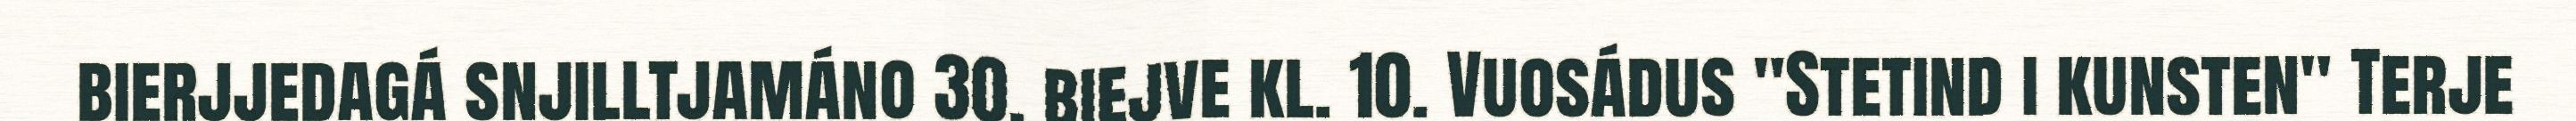
bierjjedagá snjilltjamáno 30. biejve kl. 10. Vuosádus "Stetind i kunsten" Terje